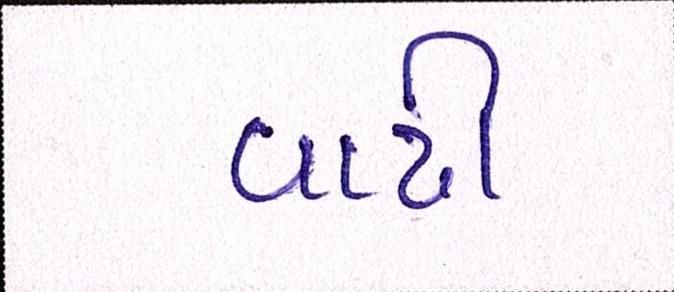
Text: વાઢી